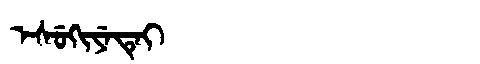
Manchu: ᡝᠰᡠᡴᡳᠶᡝᡨᡝᡳ
Romanization: ESUKIYETEI